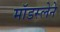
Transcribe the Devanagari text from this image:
मॉडस्लेने